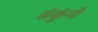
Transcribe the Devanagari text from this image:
संकुंनी